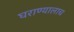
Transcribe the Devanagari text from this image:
घराण्यालाच